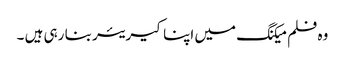
وہ فلم میکنگ میں اپنا کیریئر بنا رہی ہیں ۔